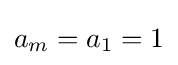
a_{m}=a_{1}=1